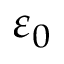
\varepsilon _ { 0 }